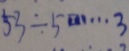
5 3 \div 5 \cdots 3